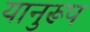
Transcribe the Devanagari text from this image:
यानुरूप